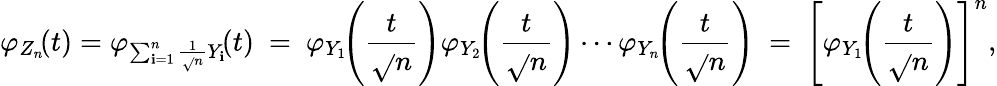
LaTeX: \varphi_{Z_{n}}\! (t)=\varphi_{\sum_{\mathbf{i}=1}^{n}{{\frac{{1}}{{\sqrt{}{{n}}}}}Y_{\mathbf{i}}}}\! (t)\ =\ \varphi_{Y_{1}}\! \! \left({\frac{{t}}{{\sqrt{}{{n}}}}}\right)\varphi_{Y_{2}}\! \! \left({\frac{{t}}{{\sqrt{}{{n}}}}}\right)\cdots\varphi_{Y_{n}}\! \! \left({\frac{{t}}{{\sqrt{}{{n}}}}}\right)\ =\ \left[\varphi_{Y_{1}}\! \! \left({\frac{{t}}{{\sqrt{}{{n}}}}}\right)\right]^{n},